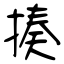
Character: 揍